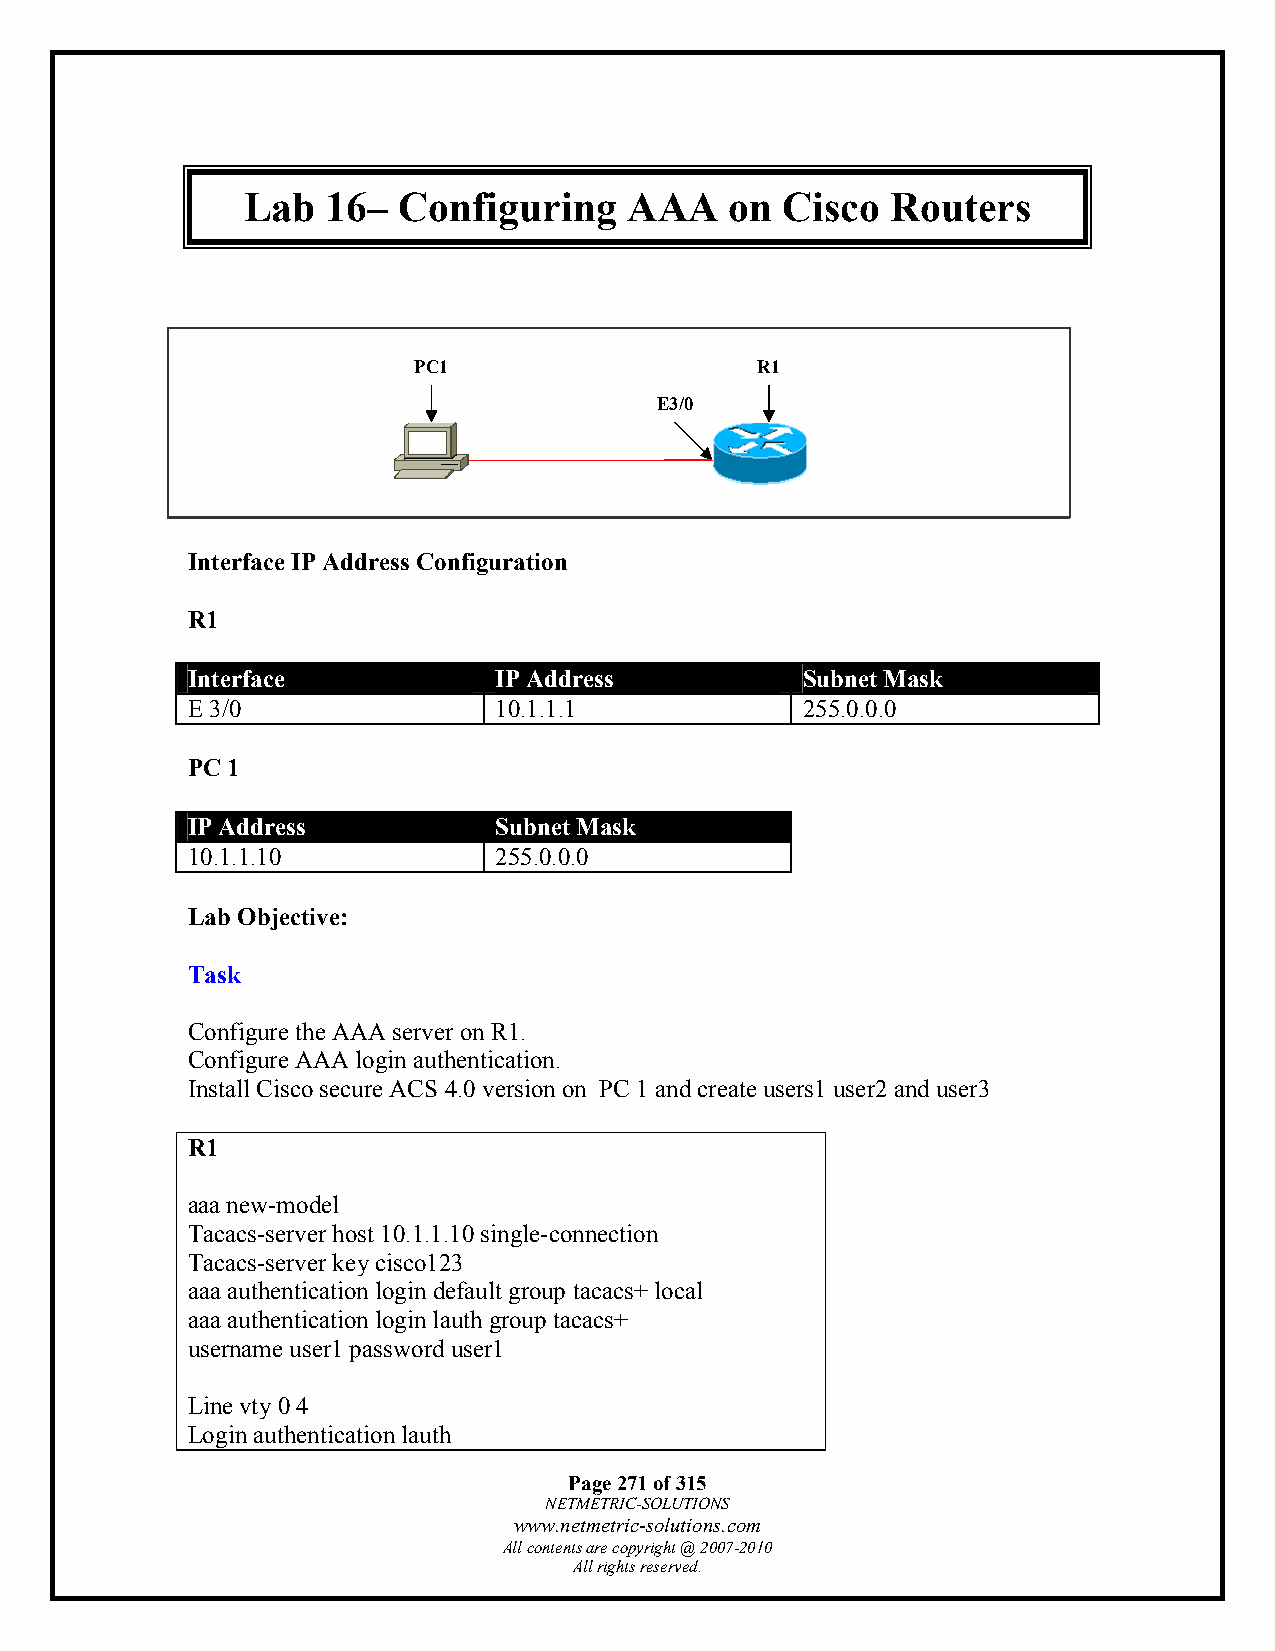
Lab   16– Configuring     AAA   on  Cisco  Routers
 PC1                    R1
 E3/0
 Interface IP Address Configuration
 R1
 Interface            IP Address          Subnet Mask
 E 3/0                10.1.1.1            255.0.0.0
 PC 1
 IP Address           Subnet Mask
 10.1.1.10            255.0.0.0
 Lab Objective:
 Task
 Configure the AAA server on R1.
 Configure AAA login authentication.
 Install Cisco secure ACS 4.0 version on PC 1 and create users1 user2 and user3
 R1
 aaa new-model
 Tacacs-server host 10.1.1.10 single-connection
 Tacacs-server key cisco123
 aaa authentication login default group tacacs+ local
 aaa authentication login lauth group tacacs+
 username user1 password user1
 Line vty 0 4
 Login authentication lauth
 Page 271 of 315
 NETMETRIC-SOLUTIONS
 www.netmetric-solutions.com
 All contents are copyright @ 2007-2010
 All rights reserved.